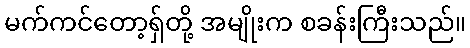
မက်ကင်တော့ရှ်တို့ အမျိုးက စခန်းကြီးသည်။